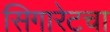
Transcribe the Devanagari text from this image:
सिगारेटचा